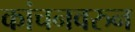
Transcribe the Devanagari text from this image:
कांचनवरुन